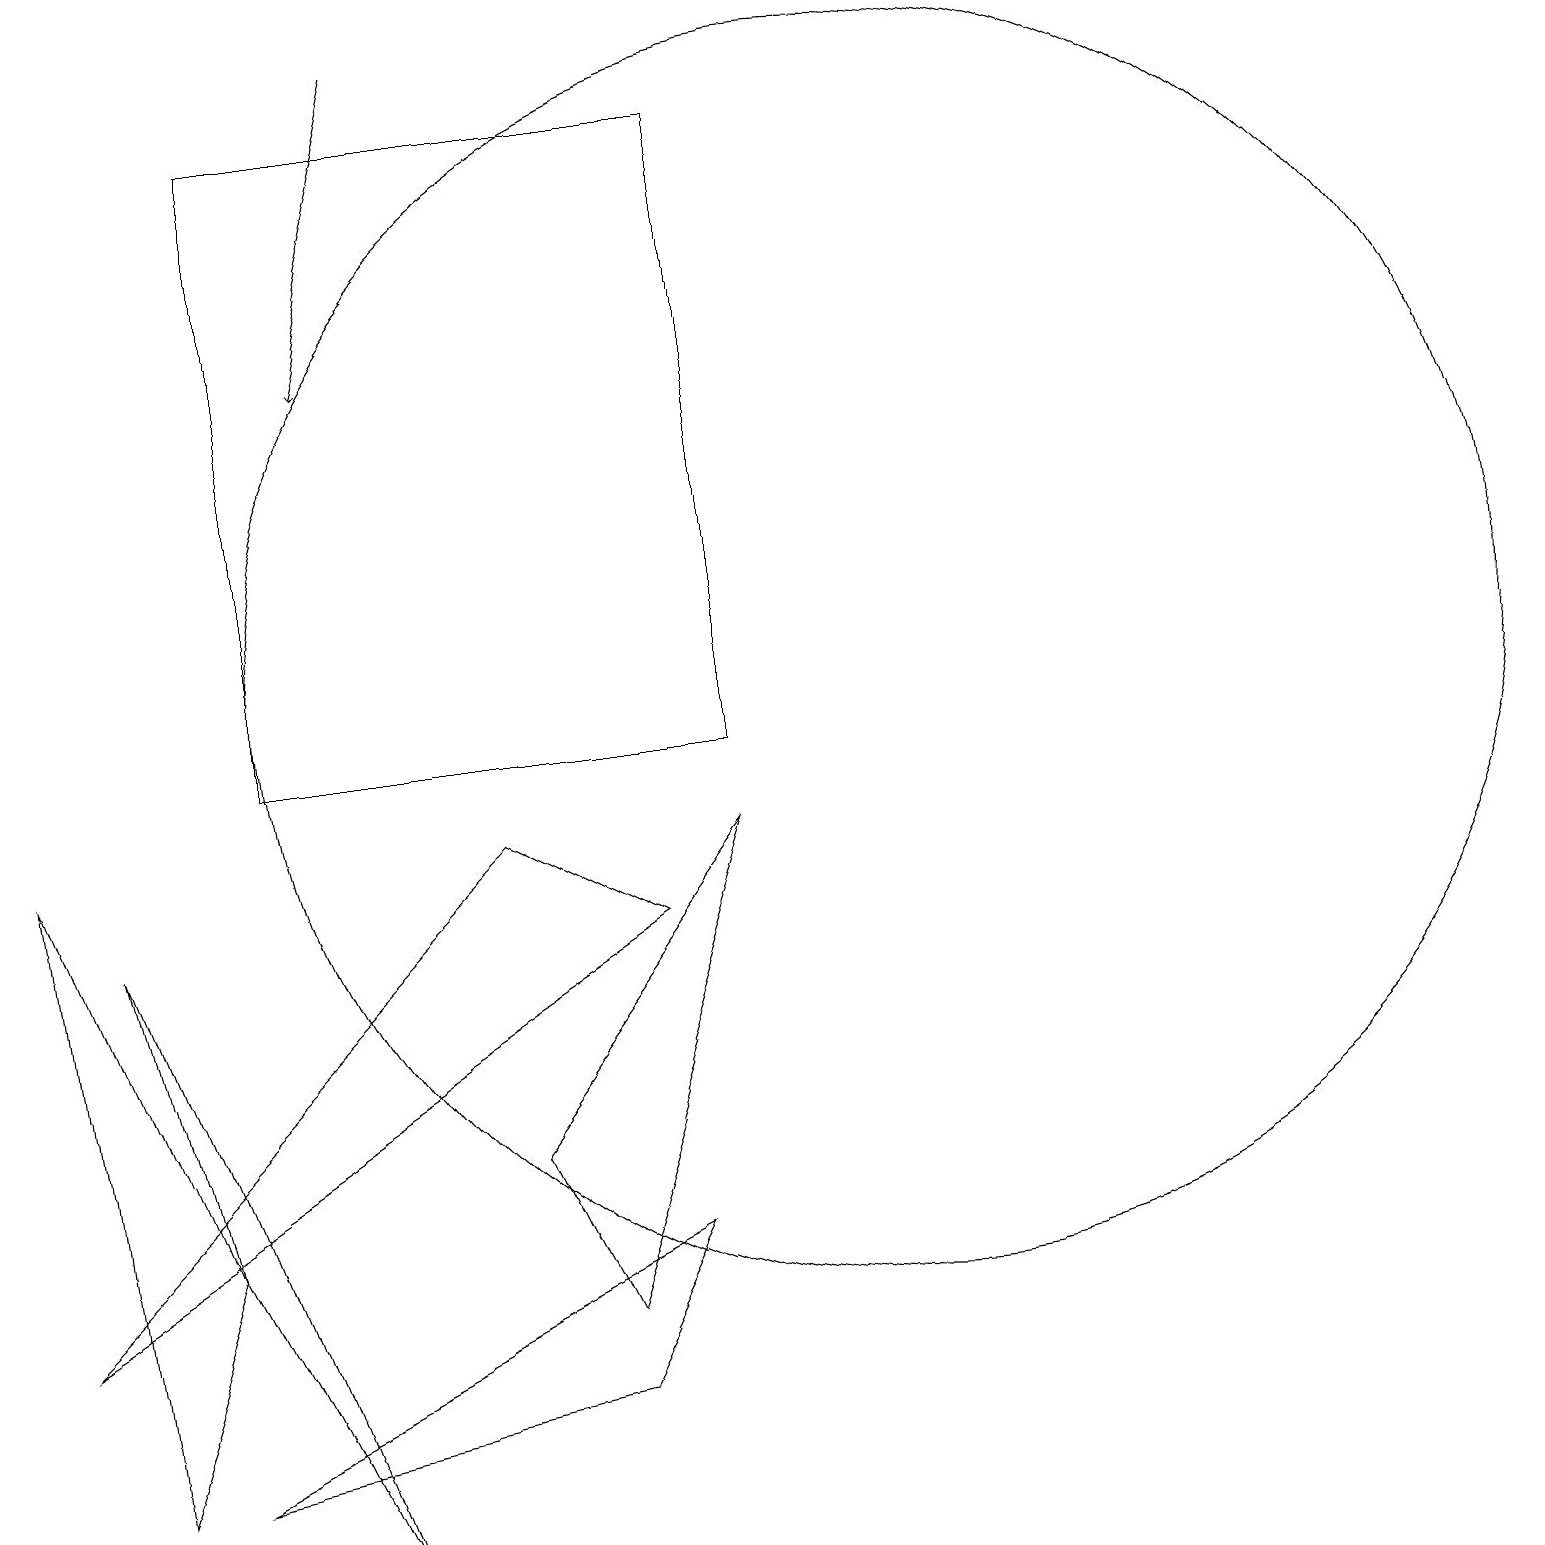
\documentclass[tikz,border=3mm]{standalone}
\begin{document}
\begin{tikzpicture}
\draw (7,3) -- (9,9) -- (6,5) -- cycle;
\draw (2,4) -- (1,1) -- (0,9) -- cycle;
\draw (2,1) -- (8,4) -- (7,2) -- cycle;
\draw (0,3) -- (6,9) -- (8,8) -- cycle;
\draw (2,4) -- (4,0) -- (1,8) -- cycle;
\draw (9,10) rectangle (3,18);
\draw[->] (5,19) -- (4,15);
\draw (11,11) circle (8);
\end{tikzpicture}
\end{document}